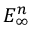
E _ { \infty } ^ { n }